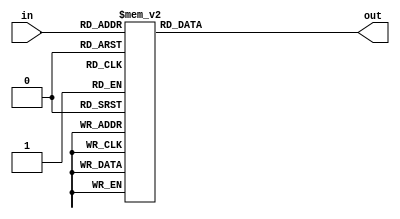
module add3(in,out);
input [3:0] in;
output [3:0] out;
always @ (in)
 case (in)
 4'b0000: out <= 4'b0000;
 4'b0001: out <= 4'b0001;
 4'b0010: out <= 4'b0010;
 4'b0011: out <= 4'b0011;
 4'b0100: out <= 4'b0100;
 4'b0101: out <= 4'b1000;
 4'b0110: out <= 4'b1001;
 4'b0111: out <= 4'b1010;
 4'b1000: out <= 4'b1011;
 4'b1001: out <= 4'b1100;
 default: out <= 4'b0000;
 endcase
endmodule